Code of medical and sanitary regulations for the guidance of medical officers serving in the Madras Presidency - Volume II
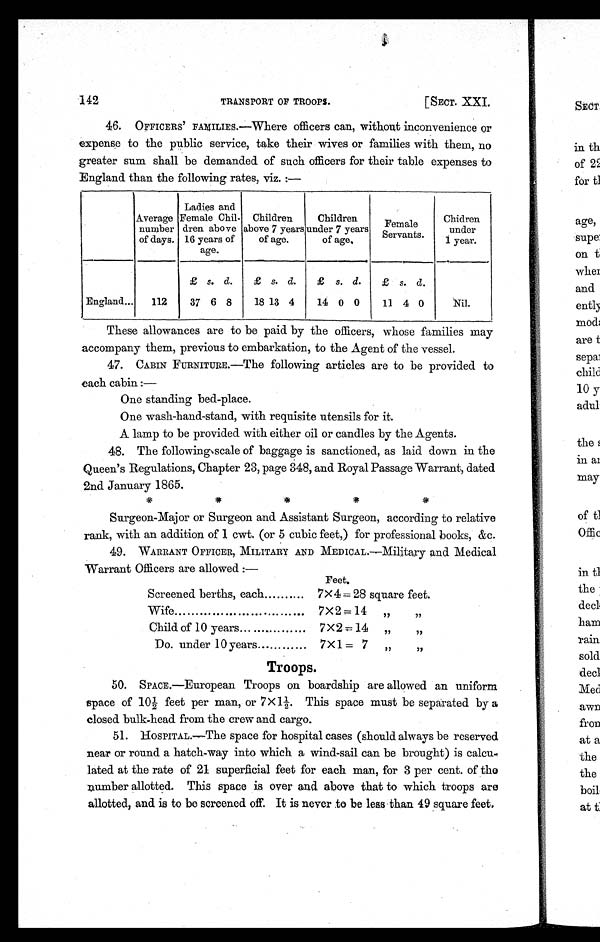
142
[SECT. XXI.
TRANSPORT OF TROOPS.
46. OFFICERS ' FAMILIES .—Where officers can, without inconvenience or
expense to the public service, take their wives or families with them, no
greater sum shall be demanded of such officers for their table expenses to
England than the following rates, viz. :—
Average
number
of days.
Ladies and
Female Chil-
dren above
16 years of
age.
Children
above 7 years
of age.
Children
under 7 years
of age.
Female
Servants.
Chidden
under
1 year.
£ s. d.
£ s. d.
£ s. d.
£ s. d.
England...
112
37 6 8
18 13 4
14 0 0
11 4 0
Nil.
These allowances are to be paid by the officers, whose families may
accompany them, previous to embarkation, to the Agent of the vessel.
47.
CABIN FURNITURE.—The following articles are to be provided to
each cabin :
—
One standing bed-place.
One wash-hand-stand, with requisite utensils for it.
A lamp to be provided with either oil or candles by the Agents.
48. The following scale of baggage is sanctioned, as laid down in the
Queen's Regulations, Chapter 23, page 348, and Royal Passage Warrant, dated
2nd January 1865.
***** Surgeon-Major or Surgeon and Assistant Surgeon, according to relative
rank, with an addition of 1 cwt. (or 5 cubic feet,) for professional books, &c.
49.
WARRANT OFFICER, MILITARY AND MEDICAL.—Military and Medical
Warrant Officers are allowed :—
Screened berths, each
7X 4 = 28 square feet.
Wife
7X2=14 "
"
Child of 10 years... .... ...... ... 7X 23= 14 "
"
Do. under 10 years
7X1 = 7 "
"
Troops.
50. SPACE.—European Troops on boardship are allowed an uniform
space of 10½ feet per man, or 7X 1½. This space must be separated by a
closed bulk-head from the crew and cargo.
51. HOSPITAL.—The space for hospital cases (should always be reserved
near or round a hatch-way into which a wind-sail can be brought) is calcu-
lated at the rate of 21 superficial feet for each man, for 3 per cent. of the
number allotted. This space is over and above that to which troops are
allotted, and is to be screened off. It is never to be less than 49 square feet.